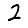
Digit: 2